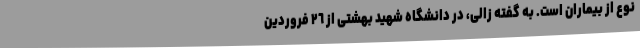
نوع از بیماران است. به گفته زالی، در دانشگاه شهید بهشتی از ٢٦ فروردین